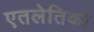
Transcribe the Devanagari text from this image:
एतलेतिको